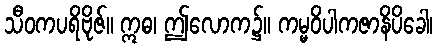
သီဝကပရိဗိုဇ်။ ဣဓ၊ ဤလောက၌။ ကမ္မဝိပါကဇာနိပိခေါ၊